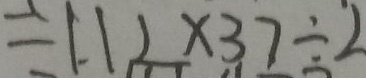
= 1 . 1 2 \times 3 7 \div 2